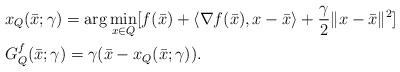
LaTeX: \begin{align*}&x_Q(\bar{x};\gamma)=\arg\min_{x\in Q}[f(\bar{x})+ \langle \nabla f(\bar{x}), x-\bar{x}\rangle +\frac{\gamma}{2}\|x-\bar{x}\|^2]\\&G^f_Q(\bar{x};\gamma)=\gamma (\bar{x}-x_Q(\bar{x};\gamma)).\end{align*}